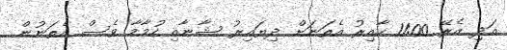
އަދި އެރޭ 11:00 ހާއިރު އެތަނަށް ދިޔައިރު ޝާނާއި ހުމާމާ ވެސް އެތަނުން